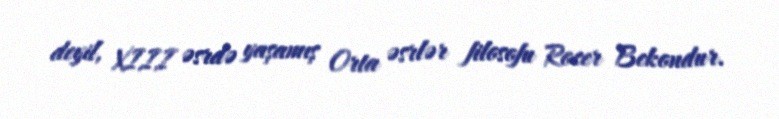
deyil, XIII əsrdə yaşamış Orta əsrlər filosofu Rocer Bekondur.